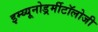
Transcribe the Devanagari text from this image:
इम्य्यूनोडर्र्मीटॉलोजी